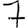
Digit: 7